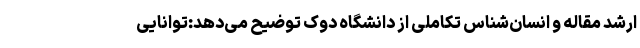
ارشد مقاله و انسان‌شناس تکاملی از دانشگاه دوک توضیح می‌دهد:توانایی